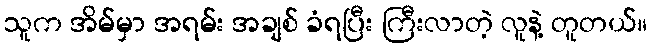
သူက အိမ်မှာ အရမ်း အချစ် ခံရပြီး ကြီးလာတဲ့ လူနဲ့ တူတယ်။